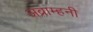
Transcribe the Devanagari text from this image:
अब्राम्हनी